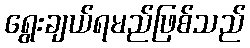
ရွေးချယ်ရမည်ဖြစ်သည်